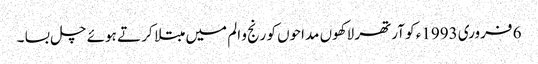
6 فروری 1993ء کو آرتھر لاکھوں مداحوں کو رنج و الم میں مبتلا کر تے ہوئے چل بسا ۔